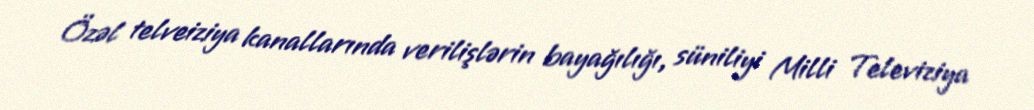
Özəl telveiziya kanallarında verilişlərin bayağılığı, süniliyi Milli Televiziya